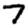
Digit: 7